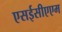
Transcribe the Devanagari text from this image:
एसईसीएएम